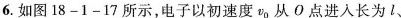
6.如图18-1-17所示，电子以初速度v_{0}从О点进入长为1、